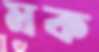
মক